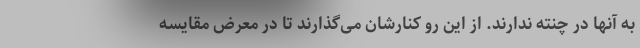
به آنها در چنته ندارند. از این رو کنارشان می‌گذارند تا در معرض مقایسه